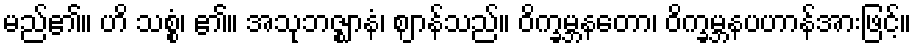
မည်၏။ ဟိ သစ္စံ၊ ၏။ အသုဘဇ္ဈာနံ၊ ဈာန်သည်။ ဝိက္ခမ္ဘနတော၊ ဝိက္ခမ္ဘနပဟာန်အားဖြင့်။